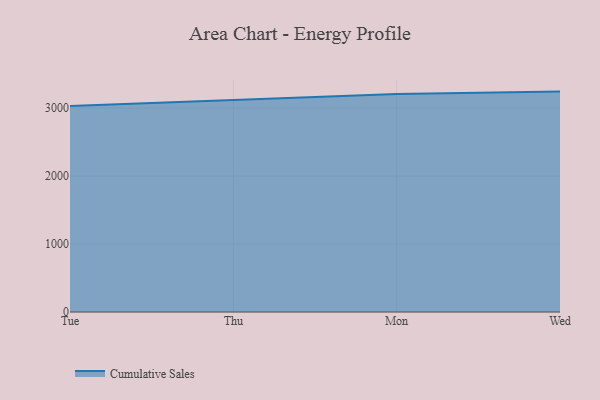
{"axis": {"x": "Day", "y": "Budget (USD K)"}, "legend": ["Cumulative Sales"], "data": [{"x": "Tue", "y": 3030.6, "type": "Cumulative Sales"}, {"x": "Thu", "y": 3119.2, "type": "Cumulative Sales"}, {"x": "Mon", "y": 3206.7, "type": "Cumulative Sales"}, {"x": "Wed", "y": 3243.4, "type": "Cumulative Sales"}]}